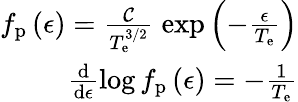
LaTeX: \begin{array}{r}{f_{\mathrm{p}}\left(\epsilon\right)=\frac{\mathcal{C}}{T_{\mathrm{e}}^{3/2}}\; \exp\left(-\frac{\epsilon}{T_{\mathrm{e}}}\right)}\\ {\frac{\mathrm{d}}{\mathrm{d}\epsilon}\log f_{\mathrm{p}}\left(\epsilon\right)=-\frac{1}{T_{\mathrm{e}}}}\end{array}